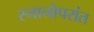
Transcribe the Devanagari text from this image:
स्नानोपरांत